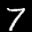
Label: 7